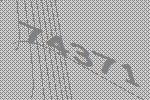
74371